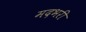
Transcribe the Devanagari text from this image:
मदभरी